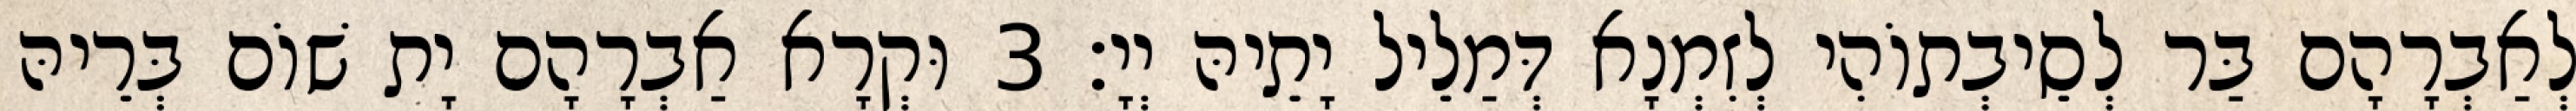
לְאַבְרָהָם בַּר לְסֵיבְתוֹהִי לְזִמְנָא דְּמַלֵיל יָתֵיהּ יְיָ׃ 3 וּקְרָא אַבְרָהָם יָת שׁוֹם בְּרֵיהּ